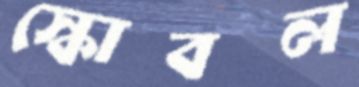
স্কোবল